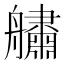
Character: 𦪺